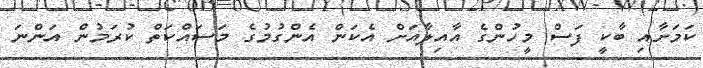
ކަމަށާއި ބާކީ ފަސް މީހުންގެ އާއިލާއަށް އެކަން އެންގުމުގެ މަސައްކަތް ކުރަމުން އަންނަ